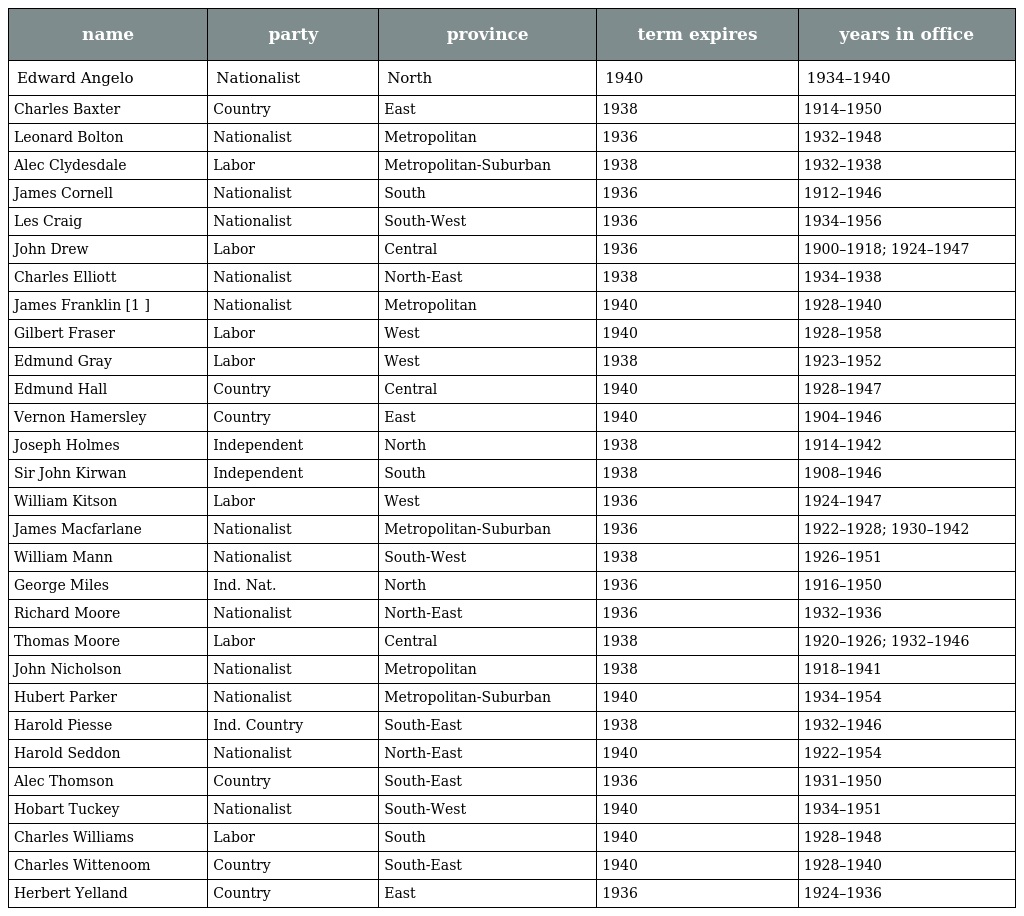
| name | party | province | term expires | years in office |
 | --- | --- | --- | --- | --- |
 | Edward Angelo | Nationalist | North | 1940 | 1934–1940 |
 | Charles Baxter | Country | East | 1938 | 1914–1950 |
 | Leonard Bolton | Nationalist | Metropolitan | 1936 | 1932–1948 |
 | Alec Clydesdale | Labor | Metropolitan-Suburban | 1938 | 1932–1938 |
 | James Cornell | Nationalist | South | 1936 | 1912–1946 |
 | Les Craig | Nationalist | South-West | 1936 | 1934–1956 |
 | John Drew | Labor | Central | 1936 | 1900–1918; 1924–1947 |
 | Charles Elliott | Nationalist | North-East | 1938 | 1934–1938 |
 | James Franklin [1 ] | Nationalist | Metropolitan | 1940 | 1928–1940 |
 | Gilbert Fraser | Labor | West | 1940 | 1928–1958 |
 | Edmund Gray | Labor | West | 1938 | 1923–1952 |
 | Edmund Hall | Country | Central | 1940 | 1928–1947 |
 | Vernon Hamersley | Country | East | 1940 | 1904–1946 |
 | Joseph Holmes | Independent | North | 1938 | 1914–1942 |
 | Sir John Kirwan | Independent | South | 1938 | 1908–1946 |
 | William Kitson | Labor | West | 1936 | 1924–1947 |
 | James Macfarlane | Nationalist | Metropolitan-Suburban | 1936 | 1922–1928; 1930–1942 |
 | William Mann | Nationalist | South-West | 1938 | 1926–1951 |
 | George Miles | Ind. Nat. | North | 1936 | 1916–1950 |
 | Richard Moore | Nationalist | North-East | 1936 | 1932–1936 |
 | Thomas Moore | Labor | Central | 1938 | 1920–1926; 1932–1946 |
 | John Nicholson | Nationalist | Metropolitan | 1938 | 1918–1941 |
 | Hubert Parker | Nationalist | Metropolitan-Suburban | 1940 | 1934–1954 |
 | Harold Piesse | Ind. Country | South-East | 1938 | 1932–1946 |
 | Harold Seddon | Nationalist | North-East | 1940 | 1922–1954 |
 | Alec Thomson | Country | South-East | 1936 | 1931–1950 |
 | Hobart Tuckey | Nationalist | South-West | 1940 | 1934–1951 |
 | Charles Williams | Labor | South | 1940 | 1928–1948 |
 | Charles Wittenoom | Country | South-East | 1940 | 1928–1940 |
 | Herbert Yelland | Country | East | 1936 | 1924–1936 |